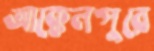
আক্কেলপুরে